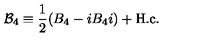
{ \cal B } _ { 4 } \equiv \frac { 1 } { 2 } ( B _ { 4 } - i B _ { 4 } i ) + \mathrm { H . c . }